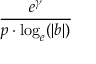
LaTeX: \frac { e ^ { \gamma } } { p \cdot \log _ { e } ( | b | ) }